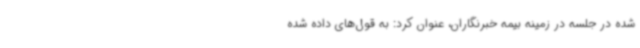
شده در جلسه در زمینه بیمه خبرنگاران، عنوان کرد: به قول‌های داده شده